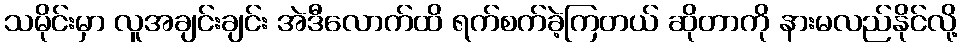
သမိုင်းမှာ လူအချင်းချင်း အဲဒီလောက်ထိ ရက်စက်ခဲ့ကြတယ် ဆိုတာကို နားမလည်နိုင်လို့